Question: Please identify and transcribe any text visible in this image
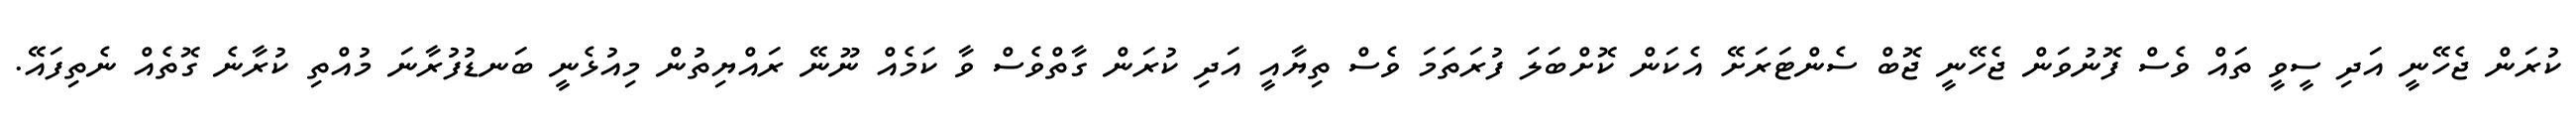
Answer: ކުރަން ޖެހޭނީ އަދި ސީވީ ތައް ވެސް ފޮނުވަން ޖެހޭނީ ޖޮބް ސެންޓަރަށޭ އެކަން ކޮށްބަލަ ފުރަތަމަ ވެސް ތިޔާއީ އަދި ކުރަން ގާތްވެސް ވާ ކަމެއް ނޫނޭ ރައްޔިތުން މިއުޅެނީ ބަނޑުފުރާނަ މުއްތި ކުރާނެ ގޮތެއް ނެތިފައޭ.